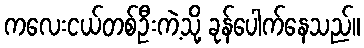
ကလေးငယ်တစ်ဦးကဲ့သို့ ခုန်ပေါက်နေသည်။